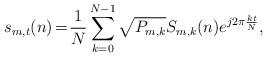
LaTeX: \begin{align*} s_{m, t} (n) \!=\! \frac{1}{N}\sum_{k=0}^{N-1} \sqrt{P_{m,k}} S_{m, k} (n) e^{j 2\pi \frac{kt}{N}},\end{align*}